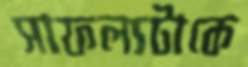
সাফল্যটাকে